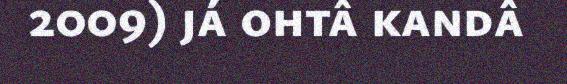
2009) já ohtâ kandâ